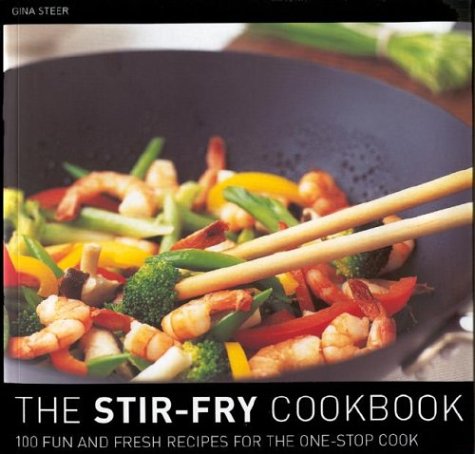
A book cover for The Stir Fry Cookbook: 100 Fun and Fresh Recipes for the One-Stop Cook; Gina Steer; Cookbooks, Food & Wine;